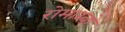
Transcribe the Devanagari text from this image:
रोमाम्बो